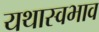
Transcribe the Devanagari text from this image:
यथास्वभाव